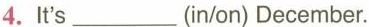
4.It's___(in/on) December.